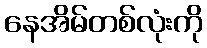
နေအိမ်တစ်လုံးကို